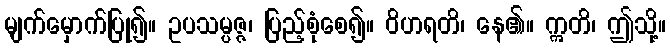
မျက်မှောက်ပြု၍။ ဥပသမ္ပဇ္ဇ၊ ပြည့်စုံစေ၍။ ဝိဟရတိ၊ နေ၏။ ဣတိ၊ ဤသို့။